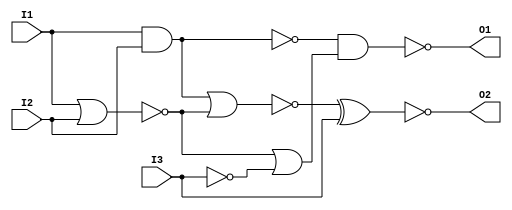
// lines start with // is a comment
// name: p6.v // gate level model
module p6(O1, O2, I1, I2, I3); //you list all inputs and outputs, by convention outputs go first
	output O1, O2; // this tells the compile which lines are inputs and outputs
	input I1, I2, I3;
	
	//not n1 (inv_S1, S[1]); // defines the inverter gate, see figure
	
	nor nor1(nor1_o, I1, I2); // defines the gate, see figure 
	nand nand1 (nand1_o, I1, I2); // defines the gate, see figure
	not not1 (inv_I3, I3); // defines the inverter gate, see figure
	
	not not2 (inv_inv_I3, inv_I3); // defines the gate, see figure
	not not3 (inv_nand1_o, nand1_o); // defines the gate, see figure
	not not4 (inv_inv_inv_I3, inv_inv_I3);
	
	nor nor2(nor2_o, inv_nand1_o, nor1_o);
	or or1(or1_o, nor1_o, inv_inv_inv_I3);
	xor xor1(xor1_o, nor2_o, inv_inv_I3);
	
	nand nand2(O1, nand1_o, or1_o);
	not not5(O2, xor1_o);
endmodule